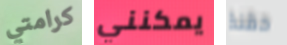
كرامتي يمكنني حقنة